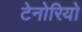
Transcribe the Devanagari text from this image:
टेनोरियो